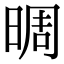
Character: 晭